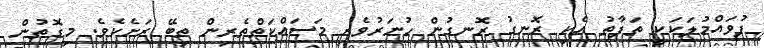
ފުވައްމުލަކަކީ ތަފާތު އެކި ރޮނގު ރޮނގުން ހުނަރުވެރި މަސައްކަތްތެރިން ތިބޭ ރަށެެކެވެ. މިގޮތުން